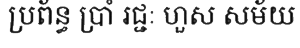
ប្រព័ន្ធ ប្រាំ រជ្ជៈ ហួស សម័យ